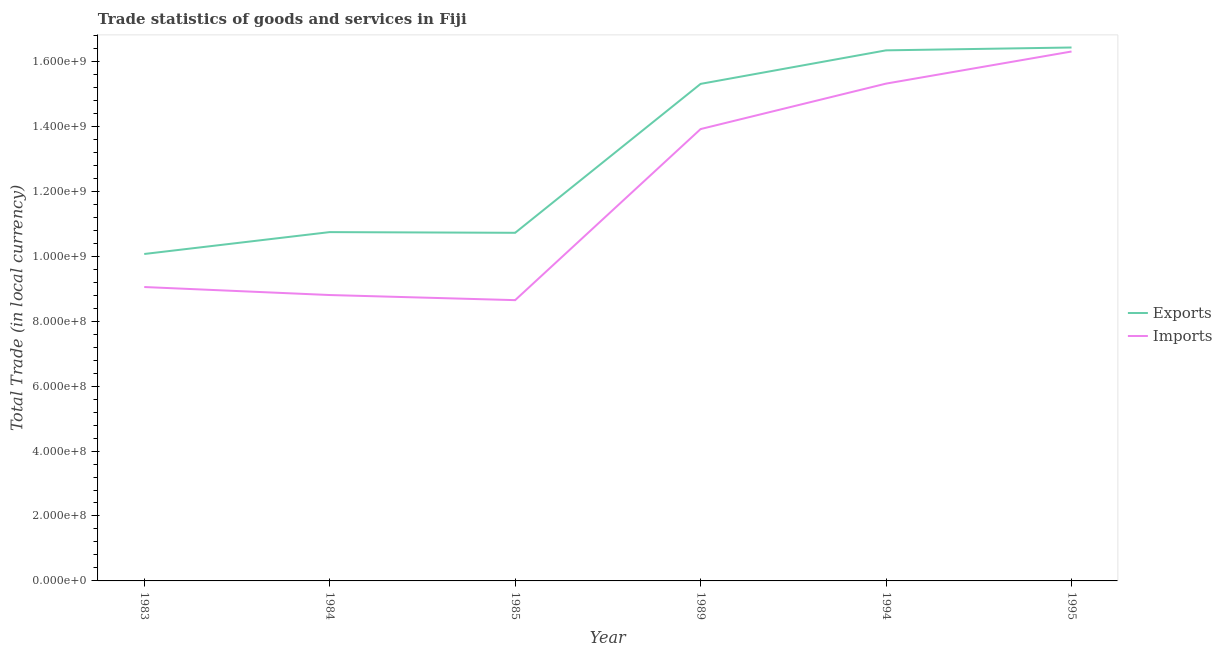
| Year | Exports | Imports |
 | --- | --- | --- |
 | 1983 | 1.01e+09 | 9.05e+08 |
 | 1984 | 1.07e+09 | 8.81e+08 |
 | 1985 | 1.07e+09 | 8.65e+08 |
 | 1989 | 1.53e+09 | 1.39e+09 |
 | 1994 | 1.63e+09 | 1.53e+09 |
 | 1995 | 1.64e+09 | 1.63e+09 |